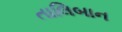
તાલિબાન